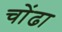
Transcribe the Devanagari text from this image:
चोंढा